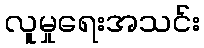
လူမှုရေးအသင်း